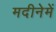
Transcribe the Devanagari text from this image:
मदीनेमें